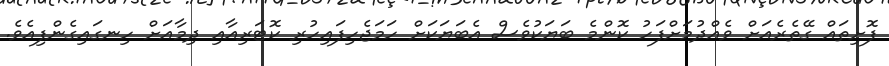
ފޮށިތައް ގޭތެރެއަށް ވެއްދުމަށްފަހު ކޮންމެ ބަޔަކުވެސް އެބަޔަކަށް ހަމަޖެހިފައިހުރި ކޮޓަރިއާއި ދިމާއަށް ހިނގައިގެންފިއެވެ.